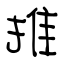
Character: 推